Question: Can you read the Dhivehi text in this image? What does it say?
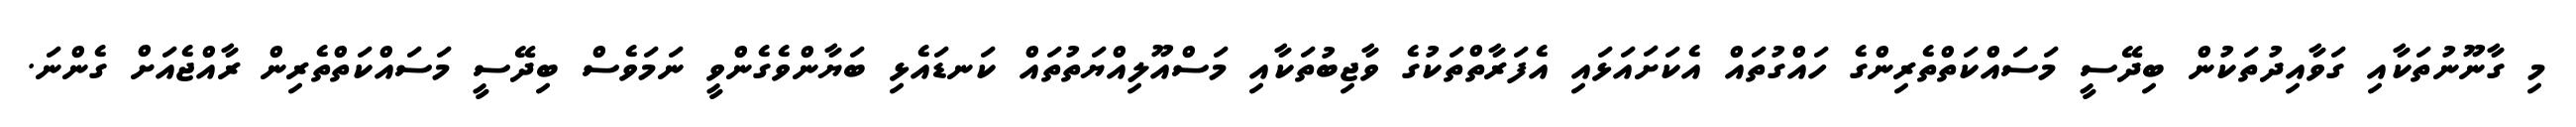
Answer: މި ގާނޫނުތަކާއި ގަވާއިދުތަކުން ބިދޭސީ މަސައްކަތްތެރިންގެ ހައްގުތައް އެކަށައަޅައި އެފަރާތްތަކުގެ ވާޖިބުތަކާއި މަސްއޫލިއްޔަތުތައް ކަނޑައެޅި ބަޔާންވެގެންވީ ނަމަވެސް ބިދޭސީ މަސައްކަތްތެރިން ރާއްޖެއަށް ގެންނަ.